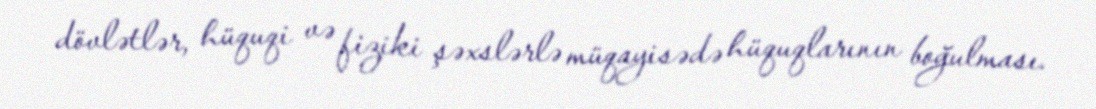
dövlətlər, hüquqi və fiziki şəxslərlə müqayisədə hüquqlarının boğulması.